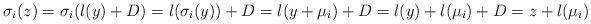
LaTeX: \begin{align*}\sigma_i(z)=\sigma_i(l(y)+D)=l(\sigma_i(y))+D=l(y+\mu_i)+D=l(y)+l(\mu_i)+D=z+l(\mu_i)\end{align*}